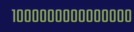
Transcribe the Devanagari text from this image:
१०००००००००००००००